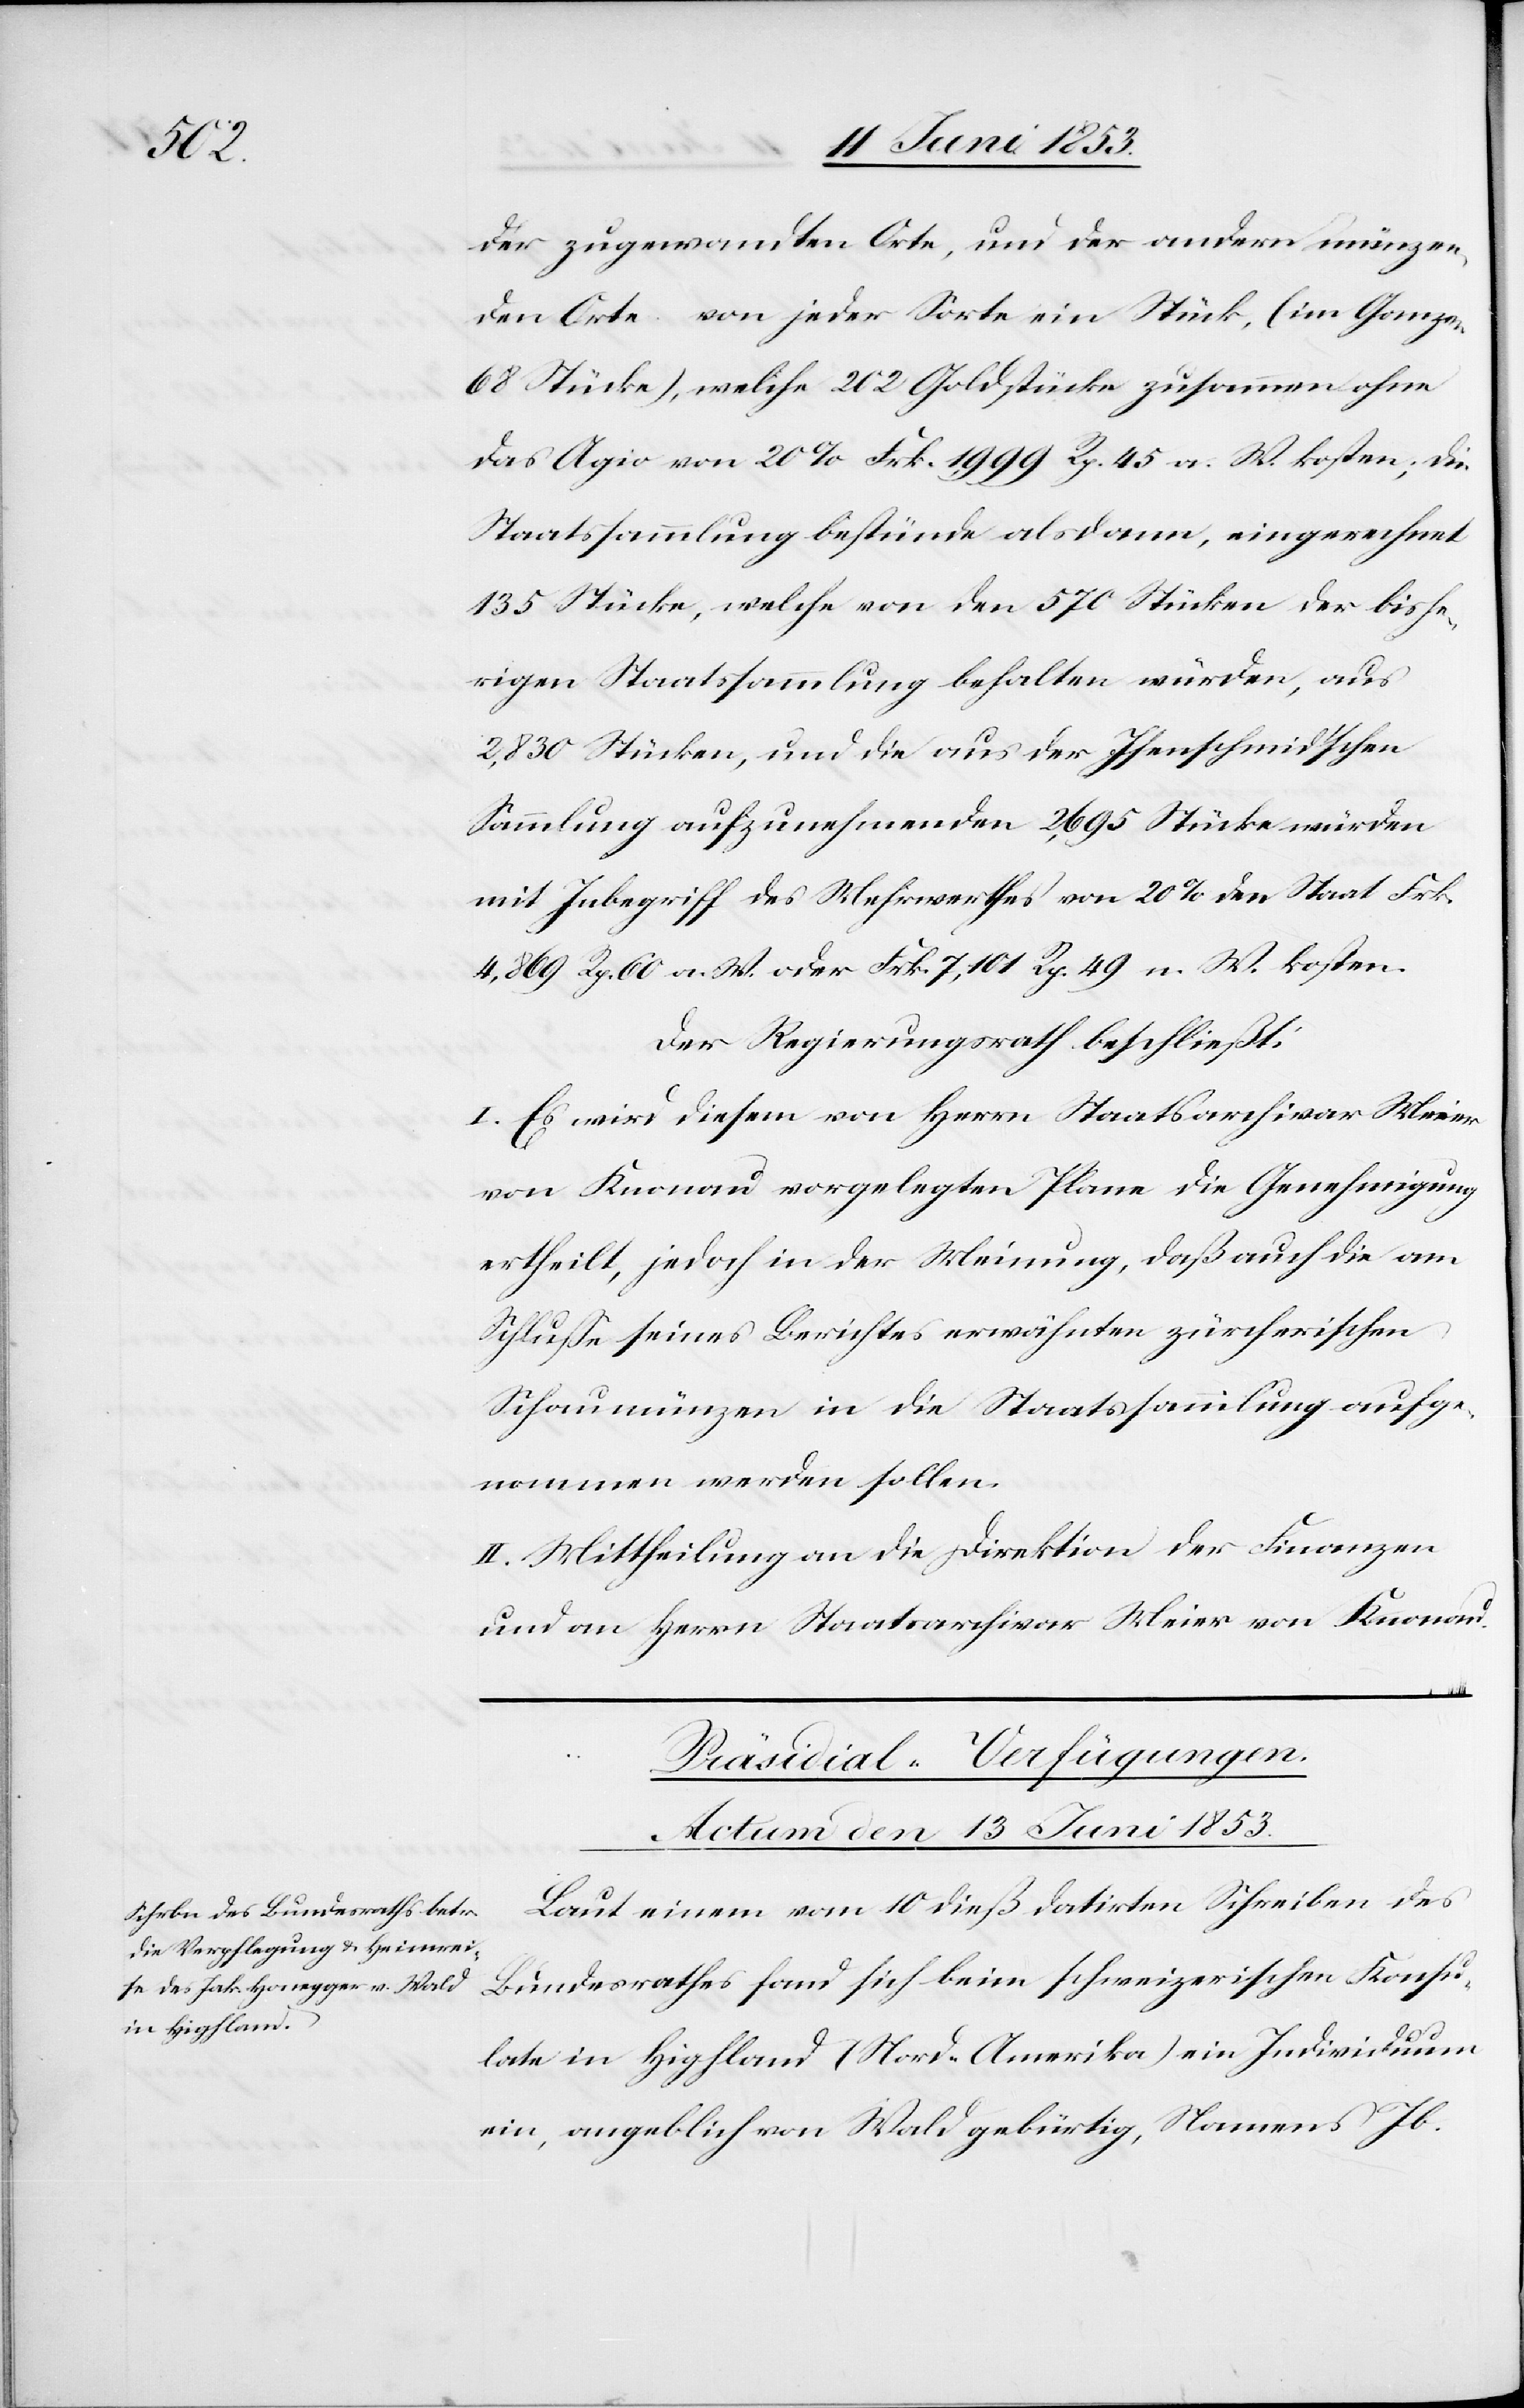
der zugewandten Orte, und der andern münzen¬
den Orte von jeder Sorte ein Stück, (im Ganzen
68 Stücke), welche 202 Goldstücke zusammen ohne
das Agio von 20% Frk. 1,999 Rp. 45 a. W. kosten; die
Staatssammlung bestünde alsdann, eingerechnet
135 Stücke, welche von den 570 Stücken der bishe¬
rigen Staatssammlung behalten würden, aus
2,830 Stücken, und die aus der Isenschmidschen
Sammlung aufzunehmenden 2,695 Stücke würden
mit Inbegriff des Mehrwerthes von 20% den Staat Frk.
4869 Rp. 60 a. W. oder Frk. 7,101 Rp. 49 n. W. kosten.
Der Regierungsrath beschließt:
I. Es wird diesem von Herrn Staatsarchivar Meier
von Knonau vorgelegten Plane die Genehmigung
ertheilt, jedoch in der Meinung, daß auch die am
Schluße seines Berichtes erwähnten zürcherischen
Schaumünzen in die Staatssammlung aufge¬
nommen werden sollen.
II. Mittheilung an die Direktion der Finanzen
und an Herrn Staatsarchivar Meier von Knonau.
Präsidial-Verfügungen.
Actum den 13 Juni 1853.
Laut einem vom 10 dieß datirten Schreiben des
Bundesrathes fand sich beim schweizerischen Konsu¬
late in Hipfland (Nord-Amerika) ein Individuum
ein, angeblich von Wald gebürtig, Namens Jb.